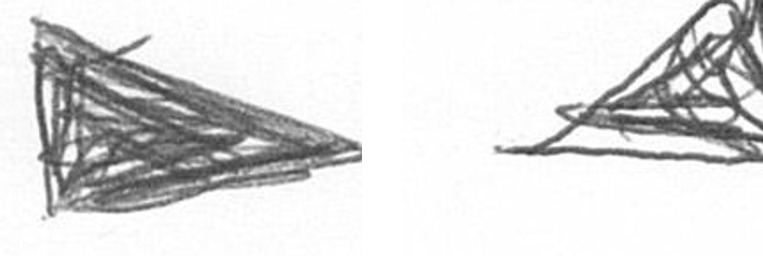
T O